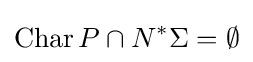
\mathop {\rm {Char}} P\cap N^{*}\Sigma =\emptyset